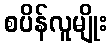
စပိန်လူမျိုး